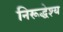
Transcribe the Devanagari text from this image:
निरूद्धेश्य